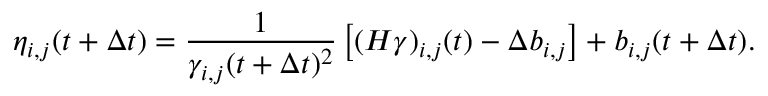
\eta _ { i , j } ( t + \Delta t ) = \frac { 1 } { \gamma _ { i , j } ( t + \Delta t ) ^ { 2 } } \left[ ( H \gamma ) _ { i , j } ( t ) - \Delta b _ { i , j } \right] + b _ { i , j } ( t + \Delta t ) .